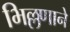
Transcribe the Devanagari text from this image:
भिल्लणाने